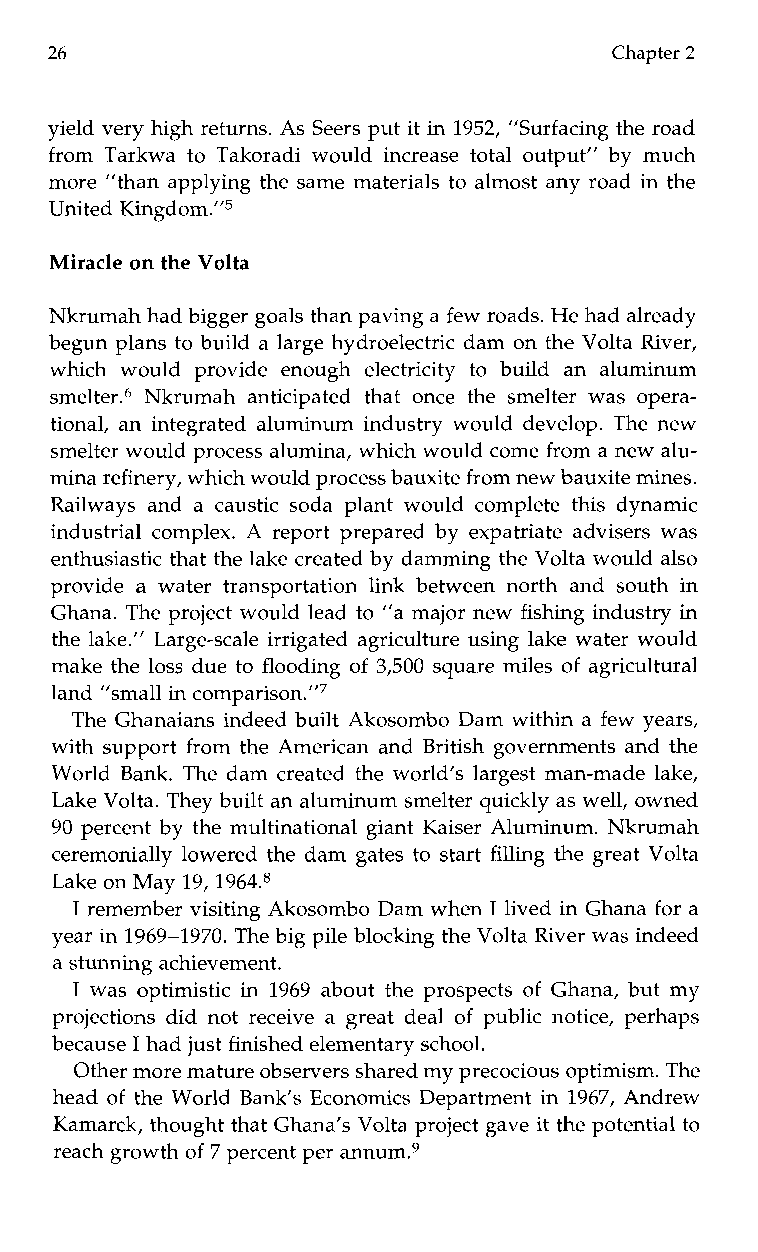
26                                   Chapter 2
 yield very high returns. As Seers put it in 1952, ”Surfacing the road
 from Tarkwa to Takoradi would increase total output’’ by much
 more ”than applying the same materials to almost any road in the
 United Kingd~m.”~
 Miracle on the Volta
 Nkrumah had bigger goals than paving af ew roads. He had already
 begun plans to build a large hydroelectric dam on the Volta River,
 whichw ouldp rovidee nough electricity tob uild an aluminum
 smelter.6 Nkrumah anticipated that once the smelter was opera-
 tional, an integrated aluminum industry would develop. The new
 smelter would process alumina, which would come from a new alu-
 mina refinery, which would process bauxite from new bauxitem ines.
 Railways and a caustic soda plant would complete this dynamic
 industrial complex. A report prepared by expatriate advisers was
 enthusiastic that the lake created by damming the Volta would also
 provide a water t ransportation link between north and south in
 Ghana. The project would lead to ”a major new fishing industry in
 the lake.” Large-scale irrigated agriculture using lake water would
 make the loss due to flooding of 3,500 square miles of agricultural
 land ”small in c~mparison.”~
 The Ghanaians indeed built Akosombo Dam within a few years,
 with support from the American and British governments and the
 World Bank. The dam created the world’s largest man-made lake,
 Lake Volta. They built an aluminum smelter quickly as well, owned
 90 percent by the multinational giant Kaiser Aluminum. Nkrumah
 ceremonially lowered the dam gates to start filling the great Volta
 Lake on May 19, 1964.8
 I remember visiting Akosombo Dam when I lived in Ghana for a
 year in 1969-1970. The big pile blocking the Volta River was indeed
 a stunning achievement.
 I was optimistic in 1969 about the prospects of Ghana, but my
 projections did not receive a great deal of public notice, perhaps
 because I had just finished elementary school.
 Other more matureo bservers shared myp recocious optimism. The
 head of the World Bank‘s Economics Department in 1967, Andrew
 Kamarck, thought that Ghana’s Volta project gave it the potential to
 reach growth of 7 percent per ann~m.~